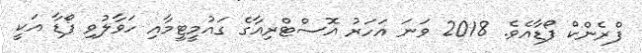
ފްރެންކް ފޯޑާއެވެ. 2018 ވަނަ އަހަރު އޮސްޓްރިއާގެ ގައުމީޓީމާއި ހަވާލުވި ފޯޑާ އަކީ